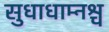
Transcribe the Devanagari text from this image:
सुधाधाम्नश्च